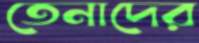
তেনাদের